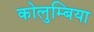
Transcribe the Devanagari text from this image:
कोलुम्बिया